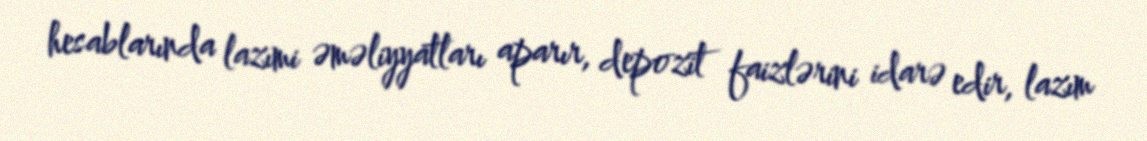
hesablarında lazımi əməliyyatları aparır, depozit faizlərini idarə edir, lazım